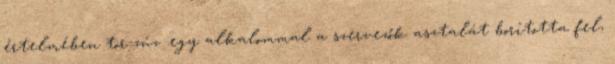
értelmében tör-zúz .egy alkalommal a szervezők asztalát borította fel,